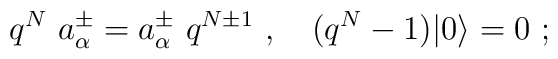
q^N\ a^\pm_\alpha =a^\pm_\alpha\ q^{N\pm 1}\ ,\quad (q^N-1)\vert0\rangle =0\ ;